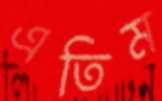
এতিম